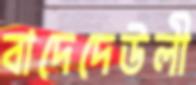
বাদেদেউলী